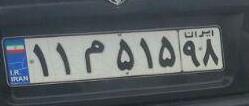
۱۱م۵۱۵۹۸